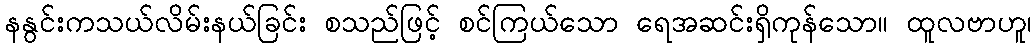
နနွင်းကသယ်လိမ်းနယ်ခြင်း စသည်ဖြင့် စင်ကြယ်သော ရေအဆင်းရှိကုန်သော။ ထူလဗာဟူ၊